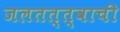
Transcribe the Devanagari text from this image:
जलतत्त्वाची